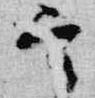
定